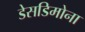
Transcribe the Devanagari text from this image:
डेसडिमोना